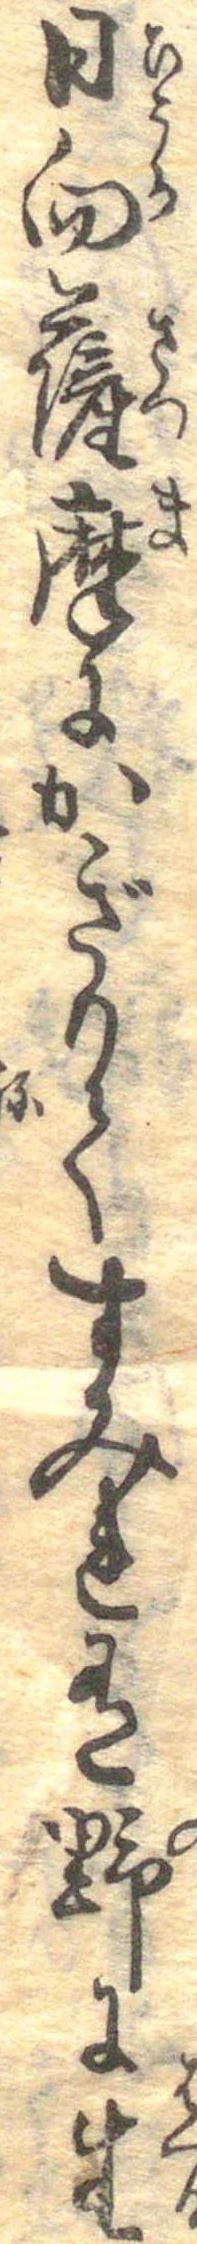
日向薩摩にかぎりてすみれ有野に生